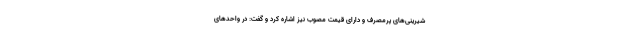
شیرینی‌های پرمصرف و دارای قیمت مصوب نیز اشاره کرد و گفت: در واحدهای